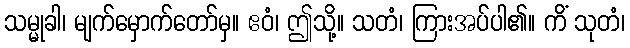
သမ္မုခါ၊ မျက်မှောက်တော်မှ။ ဧဝံ၊ ဤသို့။ သတံ၊ ကြားအပ်ပါ၏။ ကိံ သုတံ၊